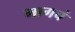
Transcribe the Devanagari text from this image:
मागचं